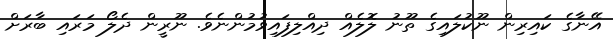
އޭނާގެ ކައިރިން ނޫކުލައިގެ ތޫނު ލޮލެއް ދިއްލިފައިވުމުންނެވެ. ނޫރީން ދެލޯ މަރައި ބާރަށް